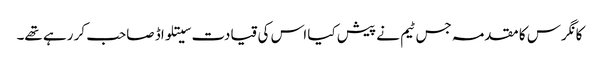
کانگرس کا مقدمہ جس ٹیم نے پیش کیا اس کی قیادت سیتلواڈ صاحب کر رہے تھے۔